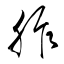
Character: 胙